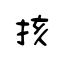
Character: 㧡